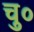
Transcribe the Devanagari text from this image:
चु०